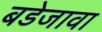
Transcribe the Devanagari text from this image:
बडेजावा